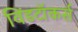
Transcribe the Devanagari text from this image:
विंडटॉकर्स